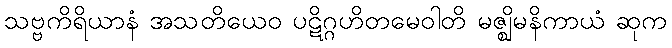
သဗ္ဗကိရိယာနံ အသတိယေဝ ပဋိဂ္ဂဟိတမေဝါတိ မဇ္ဈိမနိကာယံ ဆုက